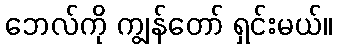
ဘေလ်ကို ကျွန်တော် ရှင်းမယ်။